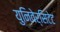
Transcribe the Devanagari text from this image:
युनिवेर्सिटेट